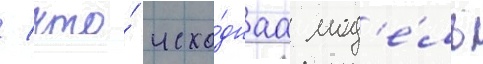
/ что́ исхо́днаа мод'е́ль